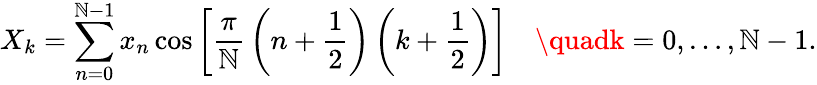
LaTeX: X_{k}=\sum_{n=0}^{\mathbb{N}-1}x_{n}\cos\left[{\frac{{\pi}}{{\mathbb{N}}}}\left(n+{\frac{{1}}{{2}}}\right)\left(k+{\frac{{1}}{{2}}}\right)\right]\quad\quadk=0,\dots,\mathbb{N}-1.